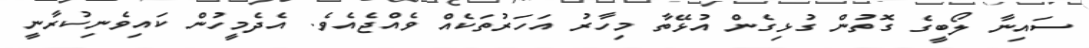
ސައިނާ ލޯބީގެ ގޮތުން ގުޅިގެން އުޅޭތާ މިހާރު އަހަރުތަކެއް ވެއްޖެއެވެ. އެދެމީހުން ކައިވެނިކުރާނީ